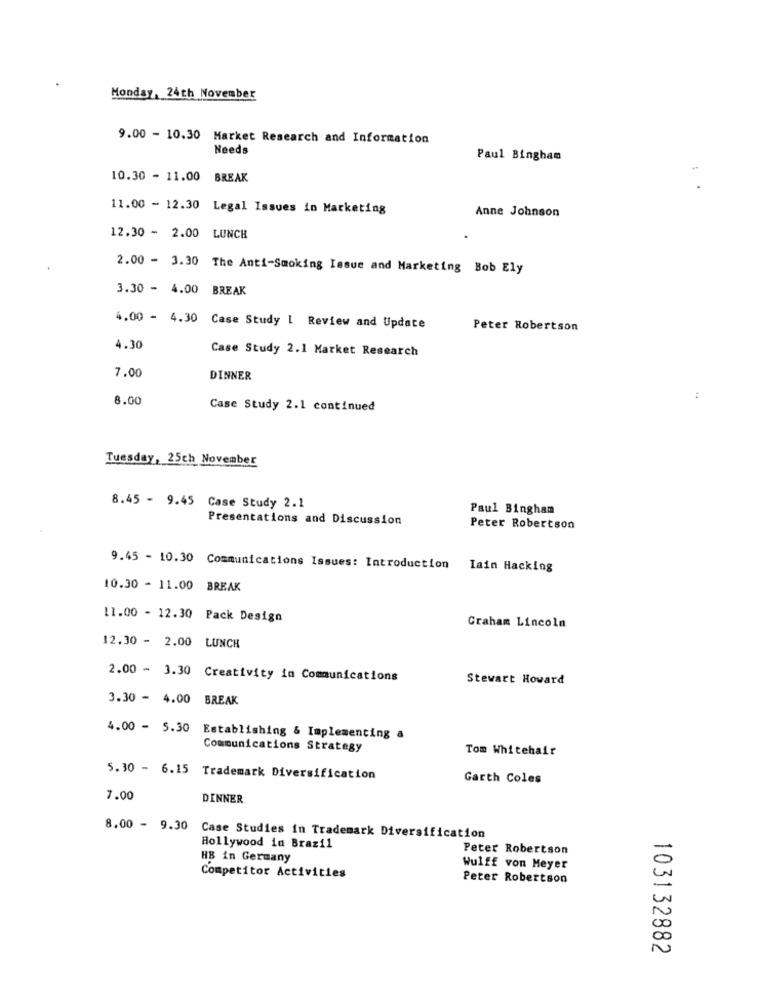
Monday, 24th November
9.00 - 10.30 Market Research and Information
Needs
Paul Bingham
10.30 - 11.00 BREAK
11.00 - 12.30 Legal Issues in Marketing
Anne Johnson
12.30 - 2.00 LUNCH
2.00 - 3.30 The Anti-Smoking Issue and Marketing Bob Ely
3.30 - 4.00 BREAK
4.00 - 4.30 Case Study I Review and Update
Peter Robertson
4.30
Case Study 2.1 Market Research
7.00
DINNER
8.00
:
Case Study 2.1 continued
Tuesday, 25ch November
8.45 - 9.45 Case Study 2.1
Paul Bingham
Presentations and Discussion
Peter Robertson
9.45 - 10.30 Communications Issues: Introduction Iain Hacking
10.30 - 11.00 BREAK
11.00 - 12.30 Pack Design
Graham Lincoln
12.30 - 2.00 LUNCH
2.00 - 3.30 Creativity in Communications
Stewart Howard
3.30 - 4.00 BREAK
4.00 - 5.30 Establishing & Implementing a
Communications Strategy
Tom Whitehair
5.30 - 6.15 Trademark Diversification
Garth Coles
7.00
DINNER
8.00 - 9.30
Case Studies In Trademark Diversification
Hollywood in Brazil
Peter Robertson
HB in Germany
Wulff von Meyer
Competitor Activities
Peter Robertson
103132882